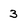
Character: 3